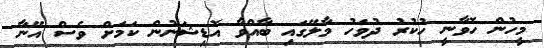
މީހުން ހޮވާނީ ހުކުރު ދުވަހު މާލޭގައި ބާއްވާ އޮޑިޝަނުން ކަމަށް ވެސް އޭނާ